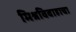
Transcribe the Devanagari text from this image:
मिश्रविवाहाचा